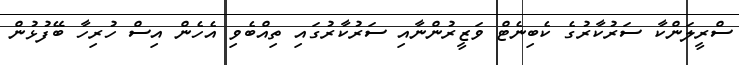
ސްރީލަންކާ ސަރުކާރުގެ ކެބިނެޓް ވަޒީރުންނާއި ސަރުކާރުގައި ތިއްބެވި އެހެން އިސް ހުރިހާ ބޭފުޅުން